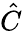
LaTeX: \hat{C}